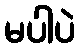
မပါပဲ